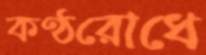
কণ্ঠরোধে